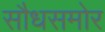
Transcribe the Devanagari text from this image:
सौधसमोर